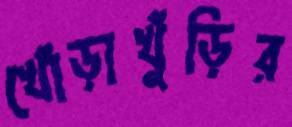
খোঁড়াখুঁড়ির